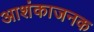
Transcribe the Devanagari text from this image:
आशंकाजनक